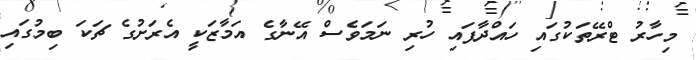
މިހާރު ޓްރޭތަކުގައި ހައްދާފައި ހުރި ނަމަވެސް އޭނާގެ އަމާޒަކީ އެރަށުގެ ޗަކަ ބިމުގައި